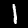
Digit: 1